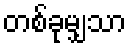
တစ်ခုမျှသာ